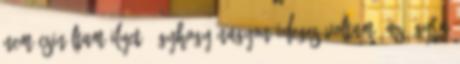
nem csináltam ilyet, úgyhogy nagyon ideges voltam. Az ágyra